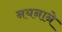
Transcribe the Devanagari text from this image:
नयनाने